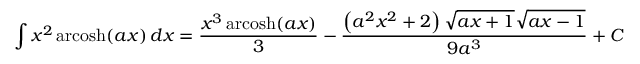
\int x ^ { 2 } \operatorname { a r c o s h } ( a x ) \, d x = { \frac { x ^ { 3 } \operatorname { a r c o s h } ( a x ) } { 3 } } - { \frac { \left( a ^ { 2 } x ^ { 2 } + 2 \right) { \sqrt { a x + 1 } } { \sqrt { a x - 1 } } } { 9 a ^ { 3 } } } + C